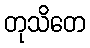
တုသိတေ